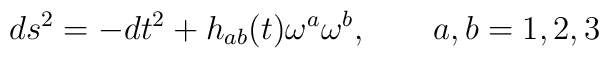
ds^2 =-dt^2  +h_{ab} (t) \omega^a\omega^b , \qquad a,b =1,2,3